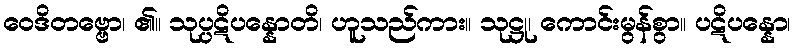
ဝေဒိတဗ္ဗော၊ ၏။ သုပ္ပဋိပန္နောတိ၊ ဟူသည်ကား။ သုဋ္ဌု၊ ကောင်းမွန်စွာ။ ပဋိပန္နော၊